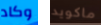
وكاد ماكويد